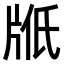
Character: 𤖿